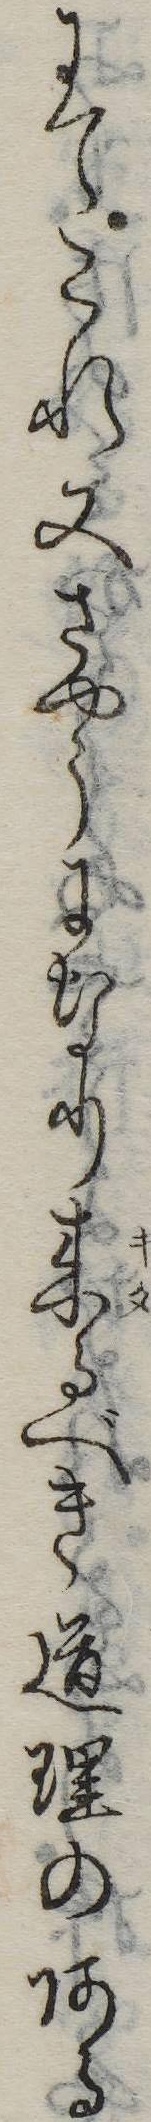
にてこれ又さやうになり来るべき道理のある